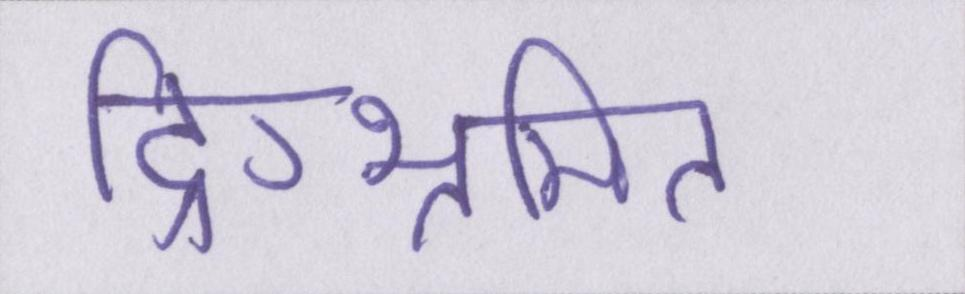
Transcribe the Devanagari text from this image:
दिग्भ्रमित